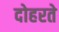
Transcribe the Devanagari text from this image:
दोहरते